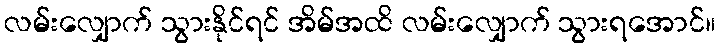
လမ်းလျှောက် သွားနိုင်ရင် အိမ်အထိ လမ်းလျှောက် သွားရအောင်။